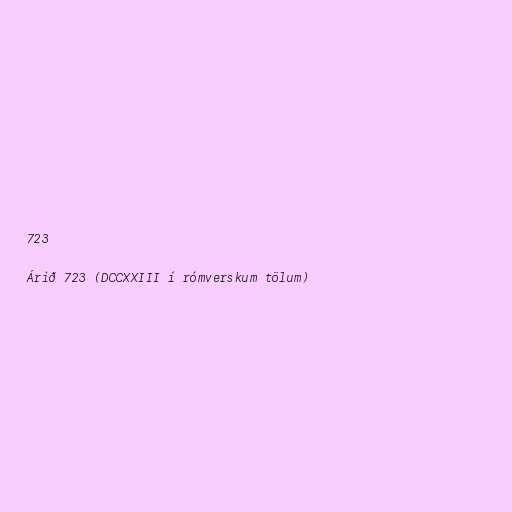
723

Árið 723 (DCCXXIII í rómverskum tölum)